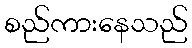
စည်ကားနေသည်